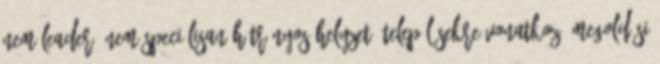
nem LEADER ▪Nem speciálisan hátrányos helyzetű településekre vonatkozó megoldási